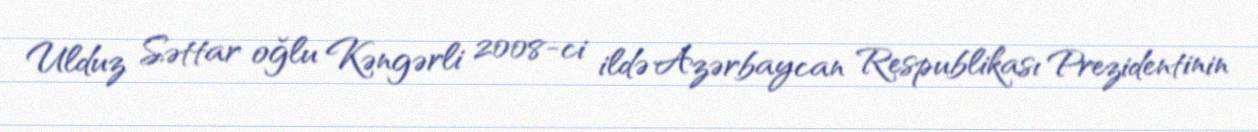
Ulduz Səttar oğlu Kəngərli 2008-ci ildə Azərbaycan Respublikası Prezidentinin